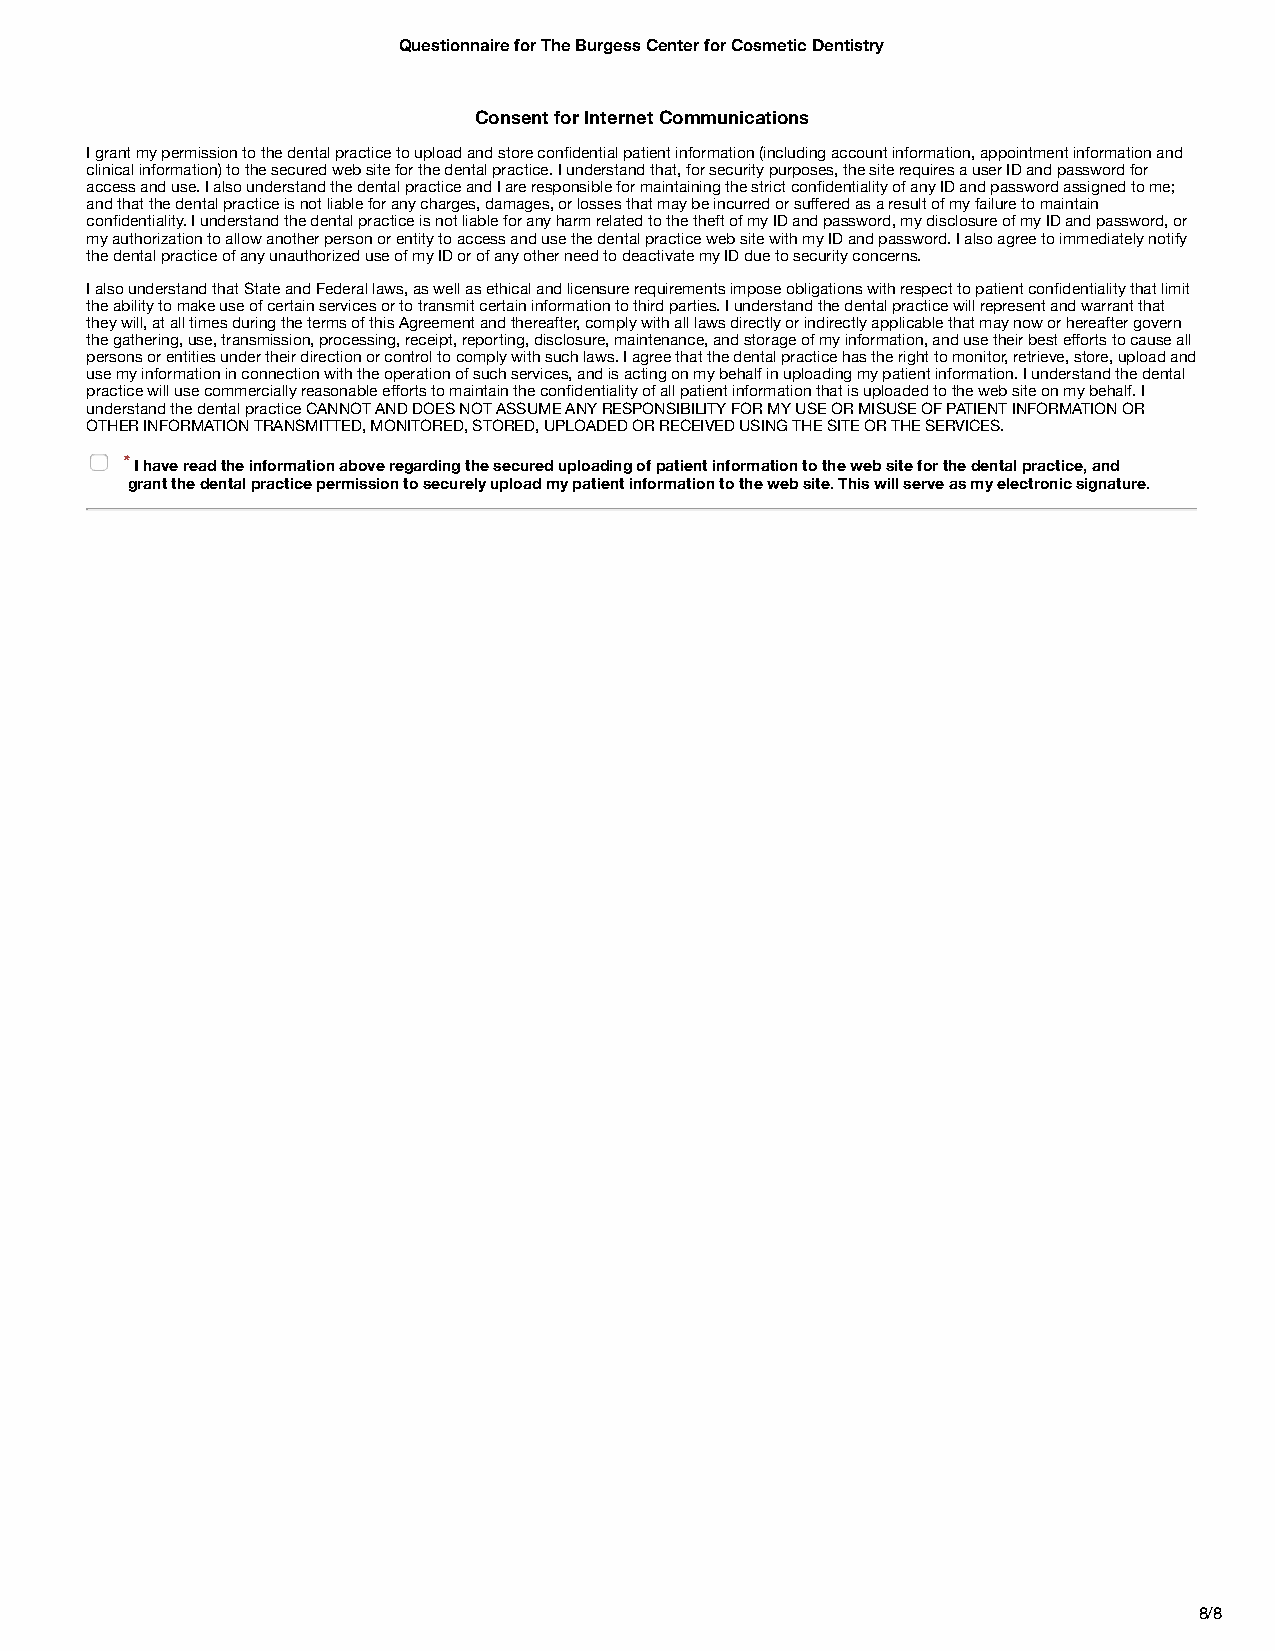
9/9/2019                     Questionnaire for The Burgess Center for Cosmetic Dentistry
 Consent for Internet Communications
 I grant my permission to the dental practice to upload and store confidential patient information (including account information, appointment information and
 clinical information) to the secured web site for the dental practice. I understand that, for security purposes, the site requires a user ID and password for
 access and use. I also understand the dental practice and I are responsible for maintaining the strict confidentiality of any ID and password assigned to me;
 and that the dental practice is not liable for any charges, damages, or losses that may be incurred or suffered as a result of my failure to maintain
 confidentiality. I understand the dental practice is not liable for any harm related to the theft of my ID and password, my disclosure of my ID and password, or
 my authorization to allow another person or entity to access and use the dental practice web site with my ID and password. I also agree to immediately notify
 the dental practice of any unauthorized use of my ID or of any other need to deactivate my ID due to security concerns.
 I also understand that State and Federal laws, as well as ethical and licensure requirements impose obligations with respect to patient confidentiality that limit
 the ability to make use of certain services or to transmit certain information to third parties. I understand the dental practice will represent and warrant that
 they will, at all times during the terms of this Agreement and thereafter, comply with all laws directly or indirectly applicable that may now or hereafter govern
 the gathering, use, transmission, processing, receipt, reporting, disclosure, maintenance, and storage of my information, and use their best efforts to cause all
 persons or entities under their direction or control to comply with such laws. I agree that the dental practice has the right to monitor, retrieve, store, upload and
 use my information in connection with the operation of such services, and is acting on my behalf in uploading my patient information. I understand the dental
 practice will use commercially reasonable efforts to maintain the confidentiality of all patient information that is uploaded to the web site on my behalf. I
 understand the dental practice CANNOT AND DOES NOT ASSUME ANY RESPONSIBILITY FOR MY USE OR MISUSE OF PATIENT INFORMATION OR
 OTHER INFORMATION TRANSMITTED, MONITORED, STORED, UPLOADED OR RECEIVED USING THE SITE OR THE SERVICES.
 *I have read the information above regarding the secured uploading of patient information to the web site for the dental practice, and
 grant the dental practice permission to securely upload my patient information to the web site. This will serve as my electronic signature.
 https://patientforms.ident.com/index.html;jsessionid=D8BA20DC709AC531E14876E4B471ED00?formId=3390456742&readonly=false 8/8